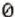
0